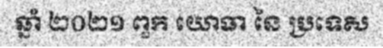
ឆ្នាំ ២០២១ ពួក យោធា នៃ ប្រទេស